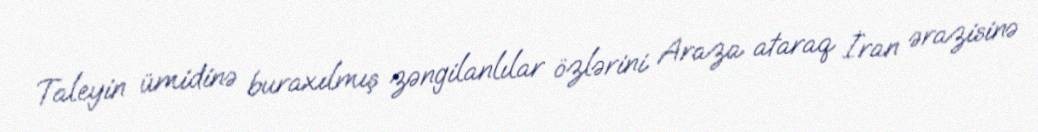
Taleyin ümidinə buraxılmış zəngilanlılar özlərini Araza ataraq İran ərazisinə